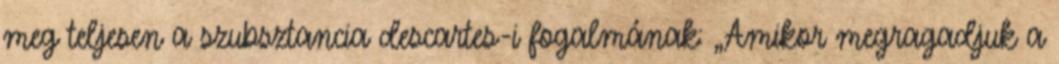
meg teljesen a szubsztancia descartes-i fogalmának: „Amikor megragadjuk a